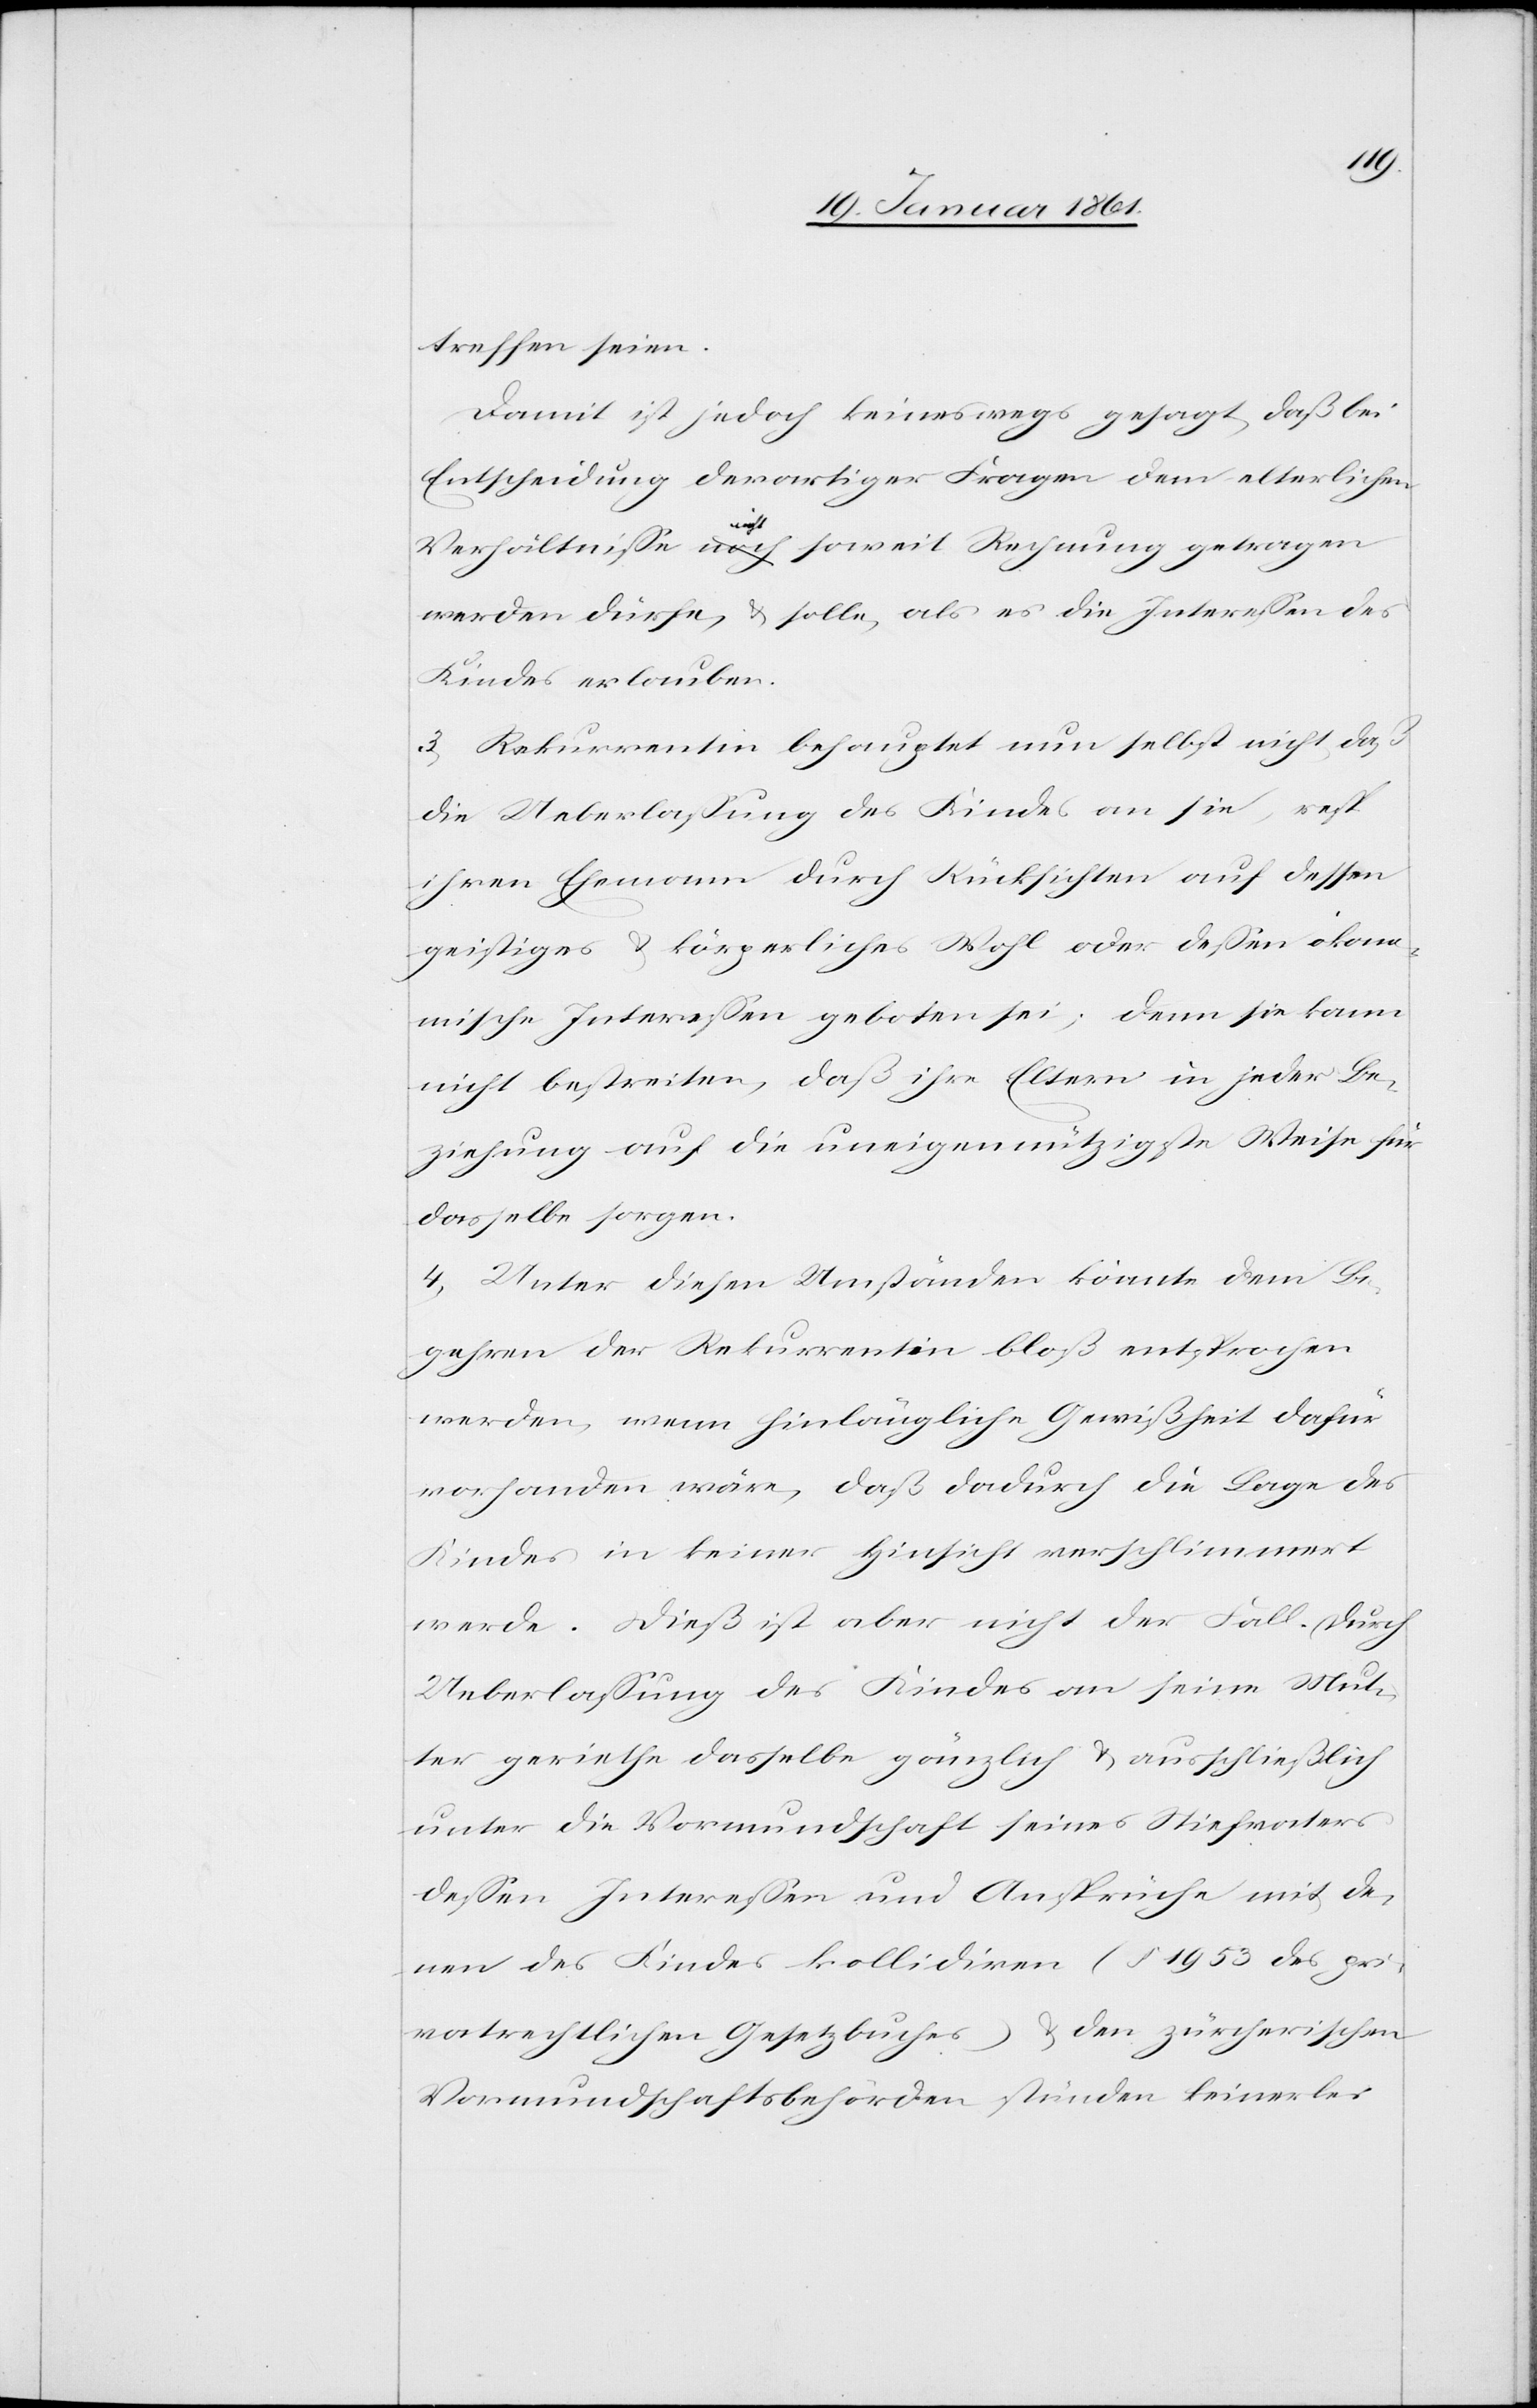
treffen seien.
Damit ist jedoch keineswegs gesagt, daß bei
Entscheidung derartiger Fragen dem elterlichen
Verhältnisse nicht soweit Rechnung getragen
werden dürfe, u. solle, als es die Interessen des
Kindes erlauben.
3) Rekurrentin behauptet nun selbst nicht, daß
die Ueberlassung des Kindes an sie, resp.
ihren Ehemann durch Rücksichten auf dessen
geistiges u. körperliches Wohl oder dessen ökono¬
mische Interessen geboten sei; denn sie kann
nicht bestreiten, daß ihre Eltern in jeder Be¬
ziehung auf die uneigennützigste Weise für
dasselbe sorgen.
4) Unter diesen Umständen konnte dem Be¬
gehren der Rekurrentin bloß entsprochen
werden, wenn hinlängliche Gewißheit dafür
vorhanden wäre, daß dadurch die Lage des
Kindes in keiner Hinsicht verschlimmert
werde. Dieß ist aber nicht der Fall. Durch
Ueberlassung des Kindes an seine Mut¬
ter geriethe dasselbe gänzlich u. ausschließlich
unter die Vormundschaft seines Steifvaters
dessen Interessen und Ansprüche mit de¬
nen des Kindes kollidiren (§. 1953 des pri¬
vatrechtlichen Gesetzbuches) u. den zürcherischen
Vormundschaftsbehörden stünden keinerlei